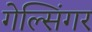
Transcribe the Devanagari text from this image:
गेल्सिंगर